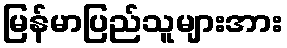
မြန်မာပြည်သူများအား